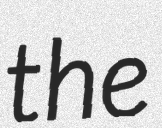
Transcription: the